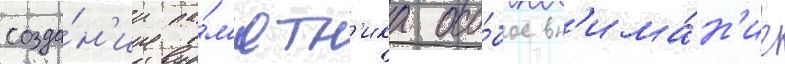
созда́н'ии па́м'ятн'ика осо́бое вн'има́н'ие